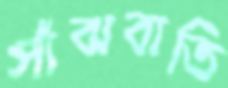
সাঁঝবাতি